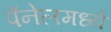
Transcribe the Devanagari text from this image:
पॅनेलमध्ये